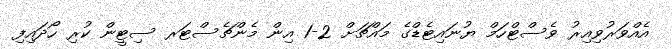
އެއްވަރުވިއިރު ވެސްޓްހަމް ޔުނައިޓެޑްގެ މައްޗަށް 2-1 އިން މެންޗެސްޓަރ ސިޓީން ކުރި ހޯދައިފި